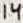
Text: 14